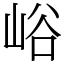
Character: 峪